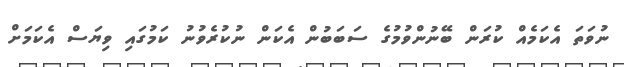
ނުވަތަ އެކަމެއް ކުރަން ބޭނުންވުމުގެ ސަބަބުން އެކަން ނުކުރެވުނު ކަމުގައި ވިޔަސް އެކަމަށް